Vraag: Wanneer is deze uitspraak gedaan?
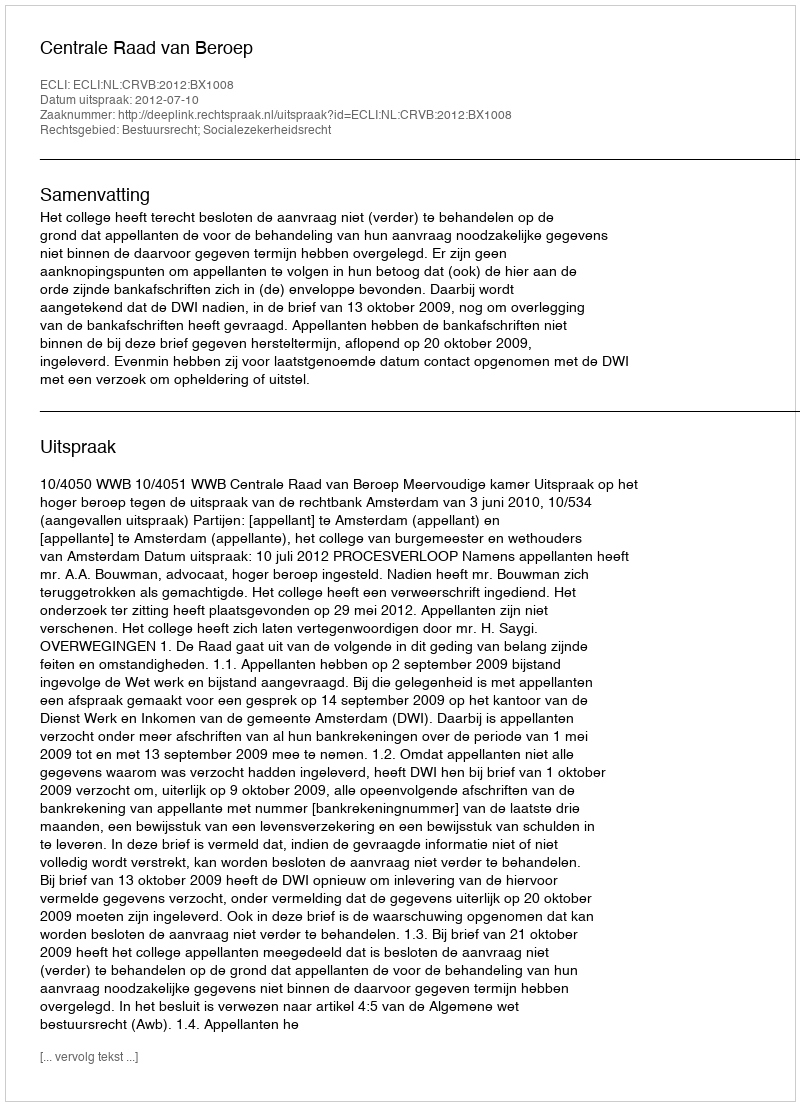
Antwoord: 2012-07-10